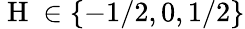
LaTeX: \mathrm{~H~}\in\{ -1/2,0,1/2\}